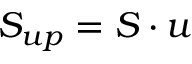
S _ { u p } = S \cdot u